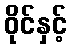
ဝိုင်နှင့်